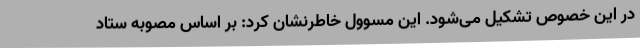
در این خصوص تشکیل می‌شود. این مسوول خاطرنشان کرد: بر اساس مصوبه ستاد